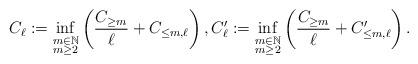
LaTeX: \begin{align*} C_\ell:=\inf_{\substack{m\in\mathbb{N}\\m\geq 2}}\left(\frac{C_{\geq m}}{\ell}+C_{\leq m,\ell}\right),C_\ell':=\inf_{\substack{m\in\mathbb{N}\\m\geq 2}}\left(\frac{C_{\geq m}}{\ell}+C'_{\leq m,\ell}\right).\end{align*}